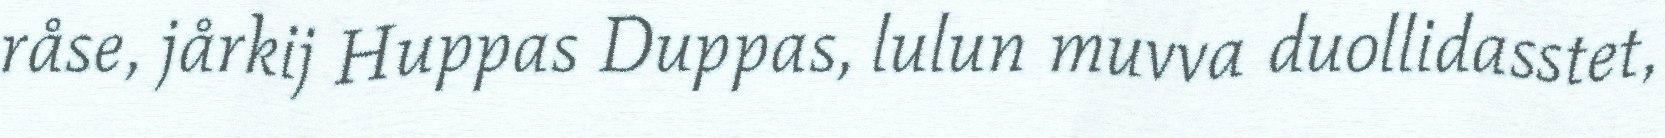
råse, jårkij Huppas Duppas, lulun muvva duollidasstet,